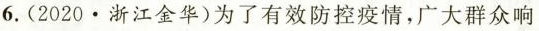
6.(2020·浙江金华)为了有效防控疫情，广大群众响